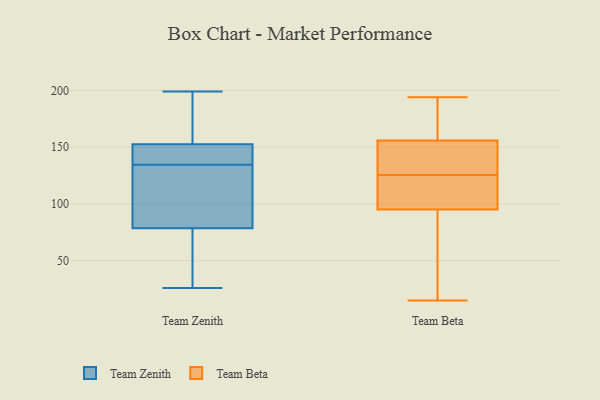
{"axis": {"x": "Market Share (%)", "y": "Value"}, "legend": ["Team Beta", "Team Zenith"], "data": [{"x": "", "y": 148, "type": "Team Zenith"}, {"x": "", "y": 103, "type": "Team Zenith"}, {"x": "", "y": 82, "type": "Team Zenith"}, {"x": "", "y": 136, "type": "Team Zenith"}, {"x": "", "y": 153, "type": "Team Zenith"}, {"x": "", "y": 138, "type": "Team Zenith"}, {"x": "", "y": 159, "type": "Team Zenith"}, {"x": "", "y": 37, "type": "Team Zenith"}, {"x": "", "y": 199, "type": "Team Zenith"}, {"x": "", "y": 194, "type": "Team Zenith"}, {"x": "", "y": 26, "type": "Team Zenith"}, {"x": "", "y": 33, "type": "Team Zenith"}, {"x": "", "y": 152, "type": "Team Zenith"}, {"x": "", "y": 75, "type": "Team Zenith"}, {"x": "", "y": 116, "type": "Team Zenith"}, {"x": "", "y": 133, "type": "Team Zenith"}, {"x": "", "y": 131, "type": "Team Beta"}, {"x": "", "y": 95, "type": "Team Beta"}, {"x": "", "y": 156, "type": "Team Beta"}, {"x": "", "y": 77, "type": "Team Beta"}, {"x": "", "y": 125, "type": "Team Beta"}, {"x": "", "y": 89, "type": "Team Beta"}, {"x": "", "y": 15, "type": "Team Beta"}, {"x": "", "y": 132, "type": "Team Beta"}, {"x": "", "y": 108, "type": "Team Beta"}, {"x": "", "y": 189, "type": "Team Beta"}, {"x": "", "y": 194, "type": "Team Beta"}, {"x": "", "y": 97, "type": "Team Beta"}, {"x": "", "y": 158, "type": "Team Beta"}, {"x": "", "y": 126, "type": "Team Beta"}]}